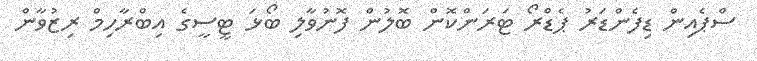
ސްޕެއިން ޑިފެންޑަރު ޕެޑްރޯ ޓަރަންކޮން ބޮލުން ފޮނުވާލި ބޯޅަ ޓީސީގެ އިބްރާހިމް ރިޒުވާން